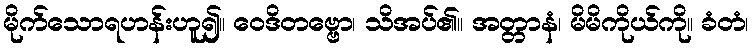
မိုက်သောရဟန်းဟူ၍။ ဝေဒိတဗ္ဗော၊ သိအပ်၏။ အတ္တာနံ၊ မိမိကိုယ်ကို။ ခံတံ၊